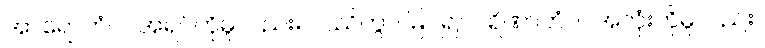
အာရောဟံဝါ၊ အရပ်ကိုမူလည်း။ ပဿိတွာ၊ မြင်၍။ ပရိဏာဟံဝါ၊ အလုံးကိုမူလည်း။